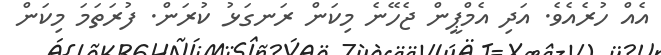
އެއް ހުރެއެވެ. އަދި އެމްޕީން ޖެހޭނެ މިކަން ރަނގަޅު ކުރަން. ފުރަތަމަ މިކަން